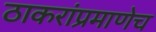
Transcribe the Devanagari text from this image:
ठाकरांप्रमाणेच